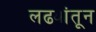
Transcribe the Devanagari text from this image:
लढ्यांतून